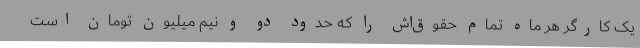
یک کارگر هر ماه تمام حقوق‌اش را که حدود دو و نیم میلیون تومان است